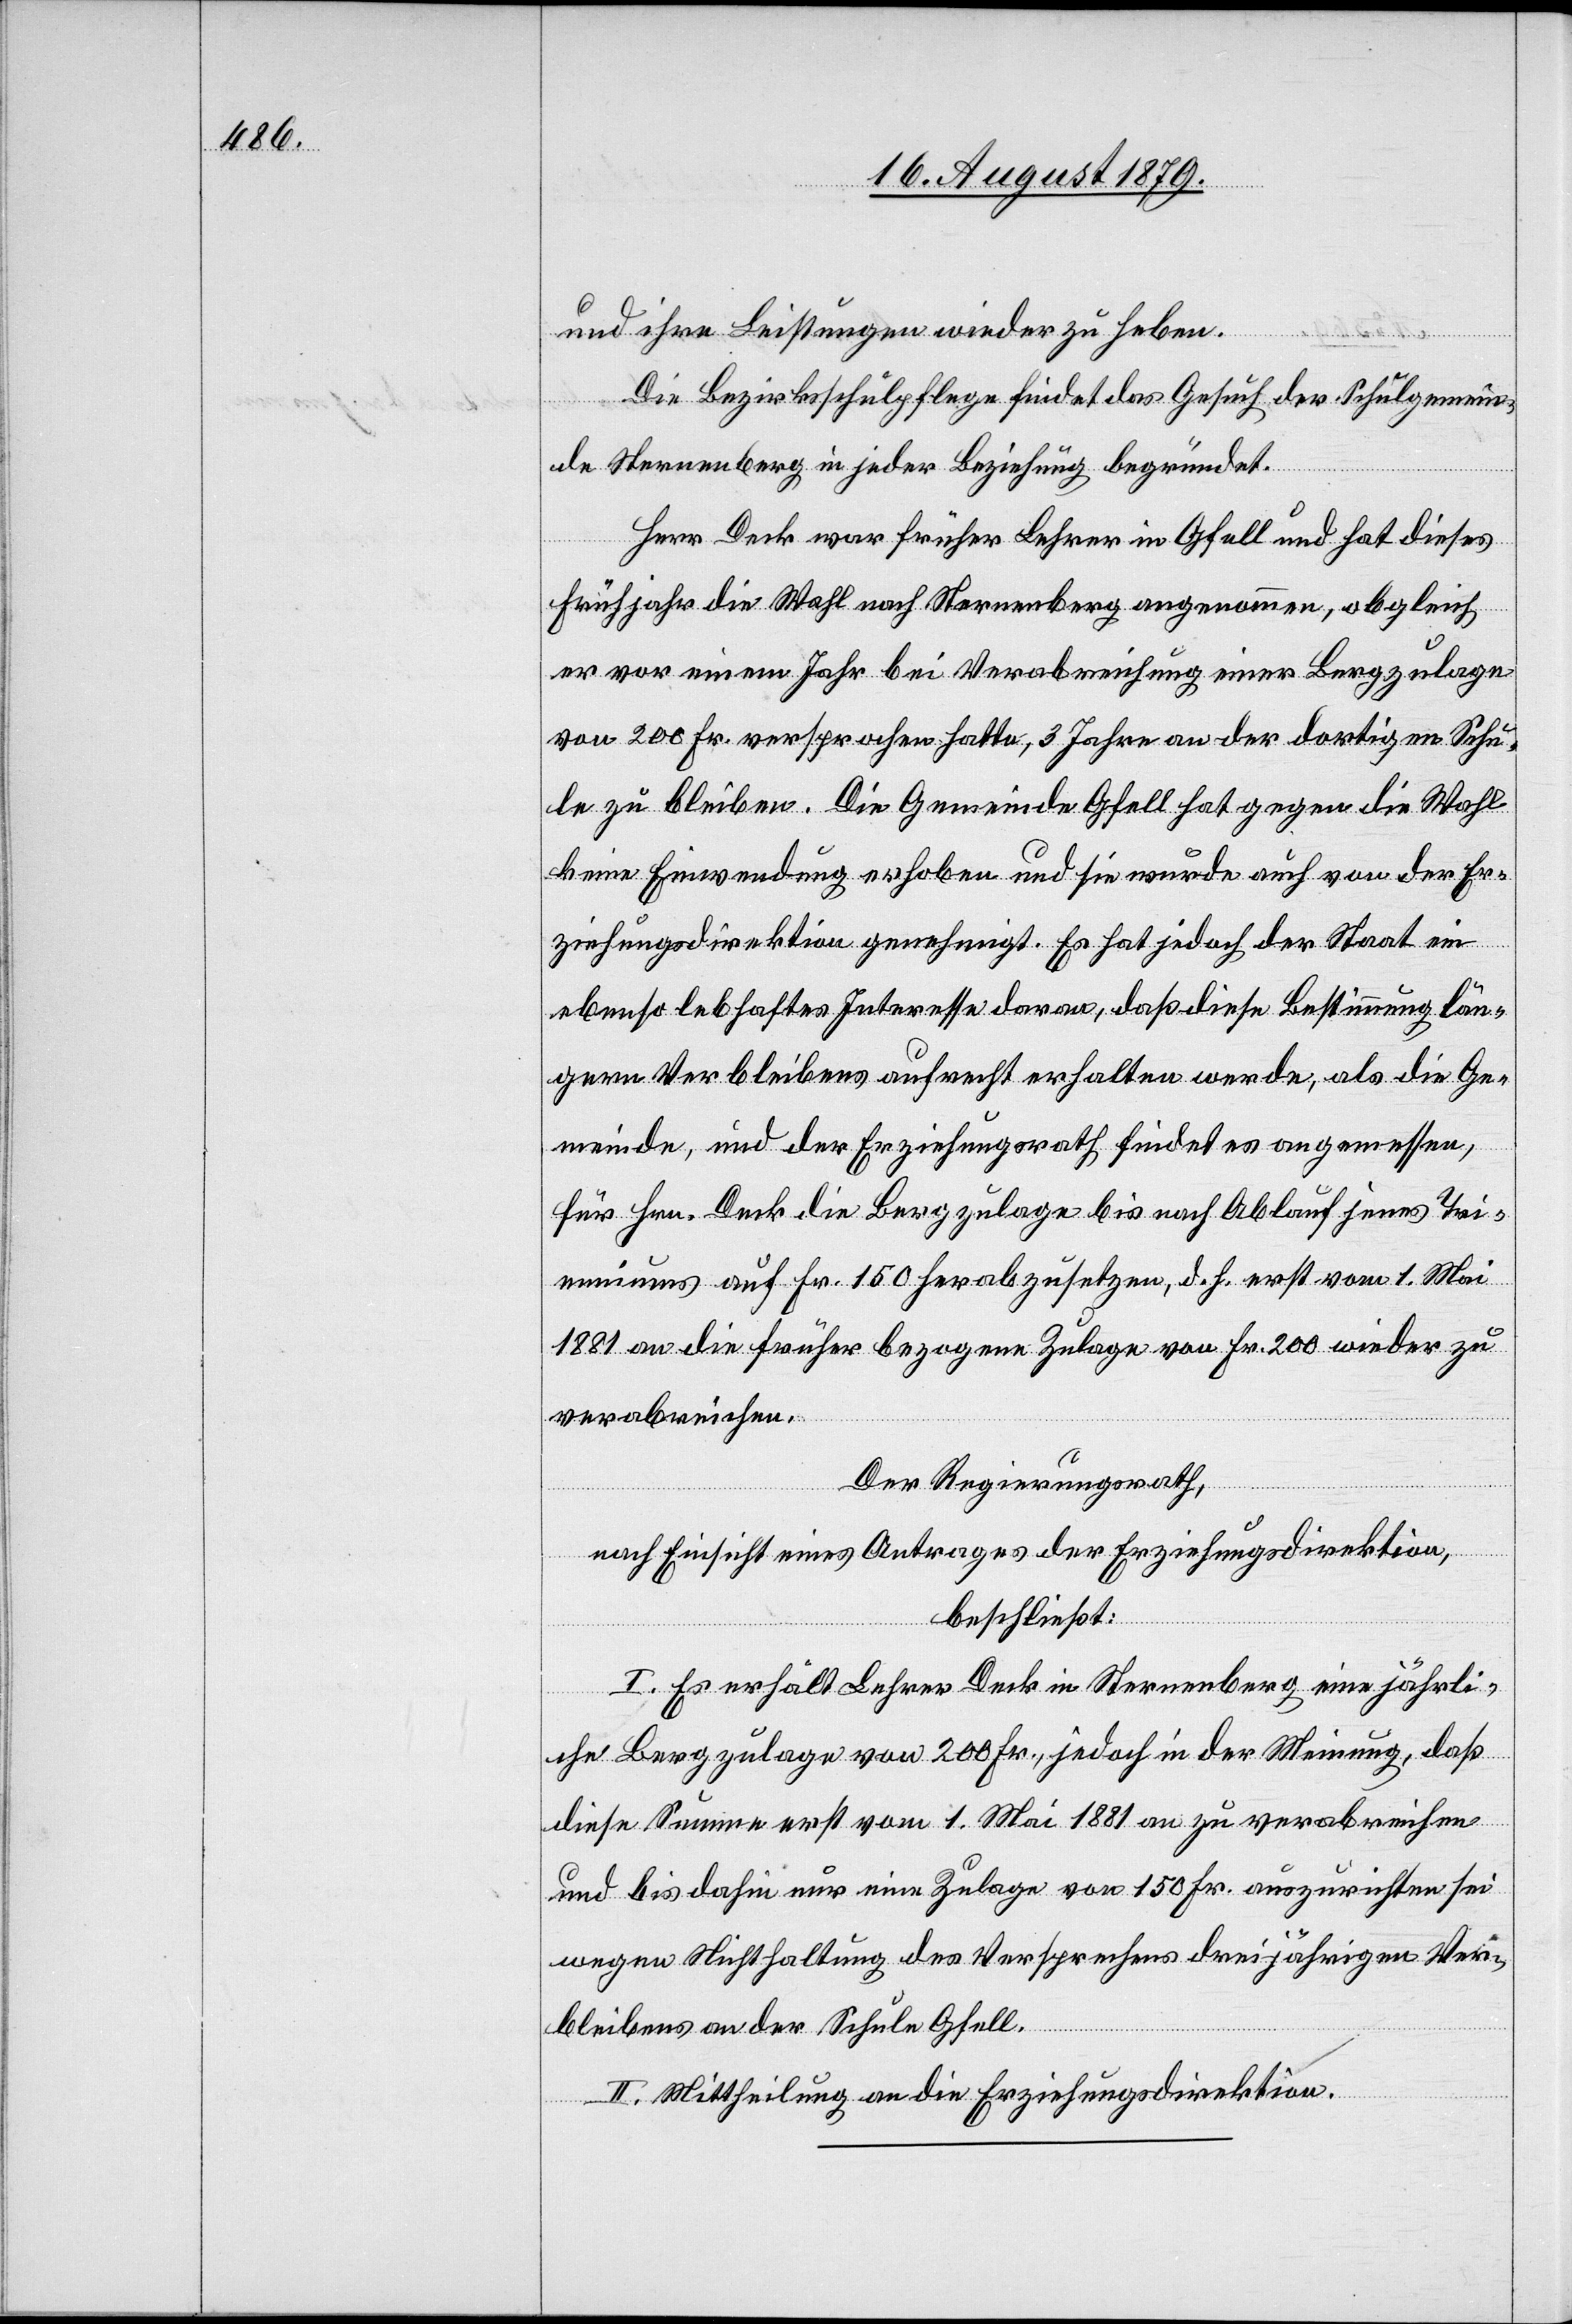
und ihre Leistungen wieder zu heben.
Die Bezirksschulpflege findet das Gesuch der Schulgemein¬
de Sternenberg in jeder Beziehung begründet.
Herr Deck war früher Lehrer in Gfell und hat dieses
Frühjahr die Wahl nach Sternenberg angenommen, obgleich
er vor einem Jahr bei Verabreichung einer Bergzulage
von 200 Fr. versprochen hatte, 3 Jahre an der dortigen Schu¬
le zu bleiben. Die Gemeinde Gfell hat gegen die Wahl
keine Einwendung erhoben und sie wurde auch von der Er¬
ziehungsdirektion genehmigt. Es hat jedoch der Staat ein
ebenso lebhaftes Interesse daran, daß diese Bestimmung län¬
gern Verbleibens aufrecht erhalten werde, als die Ge¬
meinde, und der Erziehungsrath findet es angemessen,
für Hrn. Deck die Bergzulage bis nach Ablauf jenes Tri¬
emiums auf Fr. 150 herabzusetzen, d. h. erst vom 1. Mai
1881 an die früher bezogene Zulage von Fr. 200 wieder zu
verabreichen.
Der Regierungsrath,
nach Einsicht eines Antrages der Erziehungsdirektion,
beschließt:
I. Es erhält Lehrer Deck in Sternenberg eine jährli¬
che Bergzulage von 200 Fr., jedoch in der Meinung, daß
diese Summe erst vom 1. Mai 1881 an zu verabreichen
und bis dahin nur eine Zulage von 150 Fr. auszurichten sei
wegen Nichthaltung des Versprechens dreijährigen Ver¬
bleibens an der Schule Gfell.
II. Mittheilung an die Erziehungsdirektion.